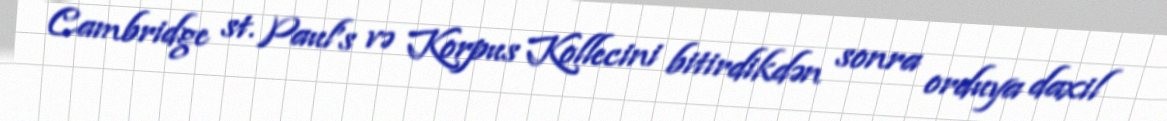
Cambridge st. Paul's və Korpus Kollecini bitirdikdən sonra orduya daxil